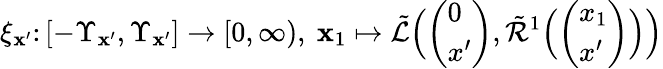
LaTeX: \xi_{\mathbf{x}^{\prime}}\colon[-\Upsilon_{\mathbf{x}^{\prime}},\Upsilon_{\mathbf{x}^{\prime}}]\to[0,\infty),\ \mathbf{x}_{1}\mapsto\tilde{{\mathcal{L}}}\Bigl(\left(\begin{array}{l}{0}\\ {x^{\prime}}\end{array}\right),\tilde{{\mathcal{R}}}^{1}\Bigl(\left(\begin{array}{l}{x_{1}}\\ {x^{\prime}}\end{array}\right)\Bigr)\Bigr)